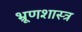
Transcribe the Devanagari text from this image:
भ्रूणशास्त्र